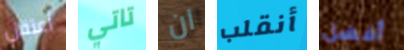
أعتقل تاتي ان أنقلب أفضل